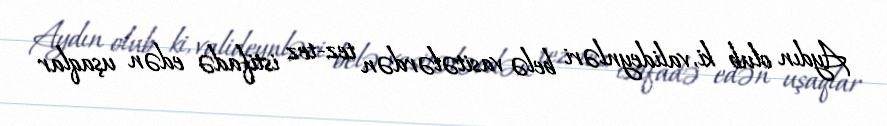
Aydın olub ki, valideynləri belə vasitələrdən tez-tez istifadə edən uşaqlar